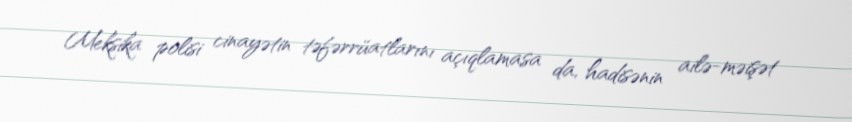
Meksika polisi cinayətin təfərrüatlarını açıqlamasa da, hadisənin ailə-məişət